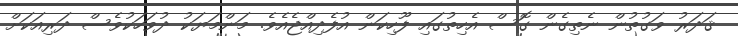
ޤަދަރު ވަގުތުން ނެތިގެން ގޮސް އެހިތުގައި ފޫހިކަން އުފެދިއްޖެއެވެ. މަންމަޔަކު ދުވަހަކުވެސް ދަރިއަކަށް